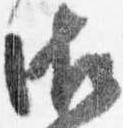
御